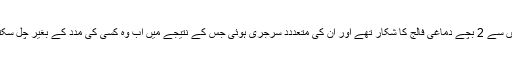
ان 7 میں سے 2 بچے دماغی فالج کا شکار تھے اور ان کی متعددد سرجری ہوئی جس کے نتیجے میں اب وہ کسی کی مدد کے بغیر چل سکتے ہیں۔